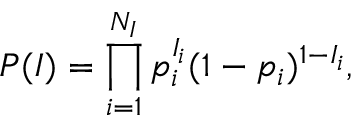
P ( I ) = \prod _ { i = 1 } ^ { N _ { I } } p _ { i } ^ { I _ { i } } ( 1 - p _ { i } ) ^ { 1 - I _ { i } } ,